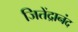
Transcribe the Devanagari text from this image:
जितेंद्रानंद